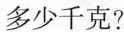
多少千克?